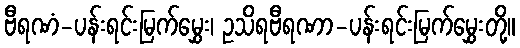
ဗီရဏံ-ပန်းရင်းမြက်မွှေး၊ ဥသိရဗီရဏာ-ပန်းရင်းမြက်မွှေးတို့။